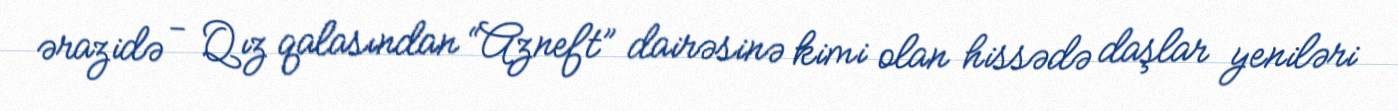
ərazidə - Qız qalasından “Azneft” dairəsinə kimi olan hissədə daşlar yeniləri